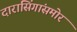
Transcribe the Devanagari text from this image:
दारासिंगांसमोर